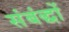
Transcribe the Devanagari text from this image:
संबंद्धों